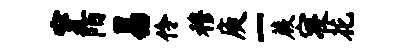
穿陌易伶穆庾一蕨寝花